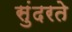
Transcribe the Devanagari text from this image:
सुंदरते